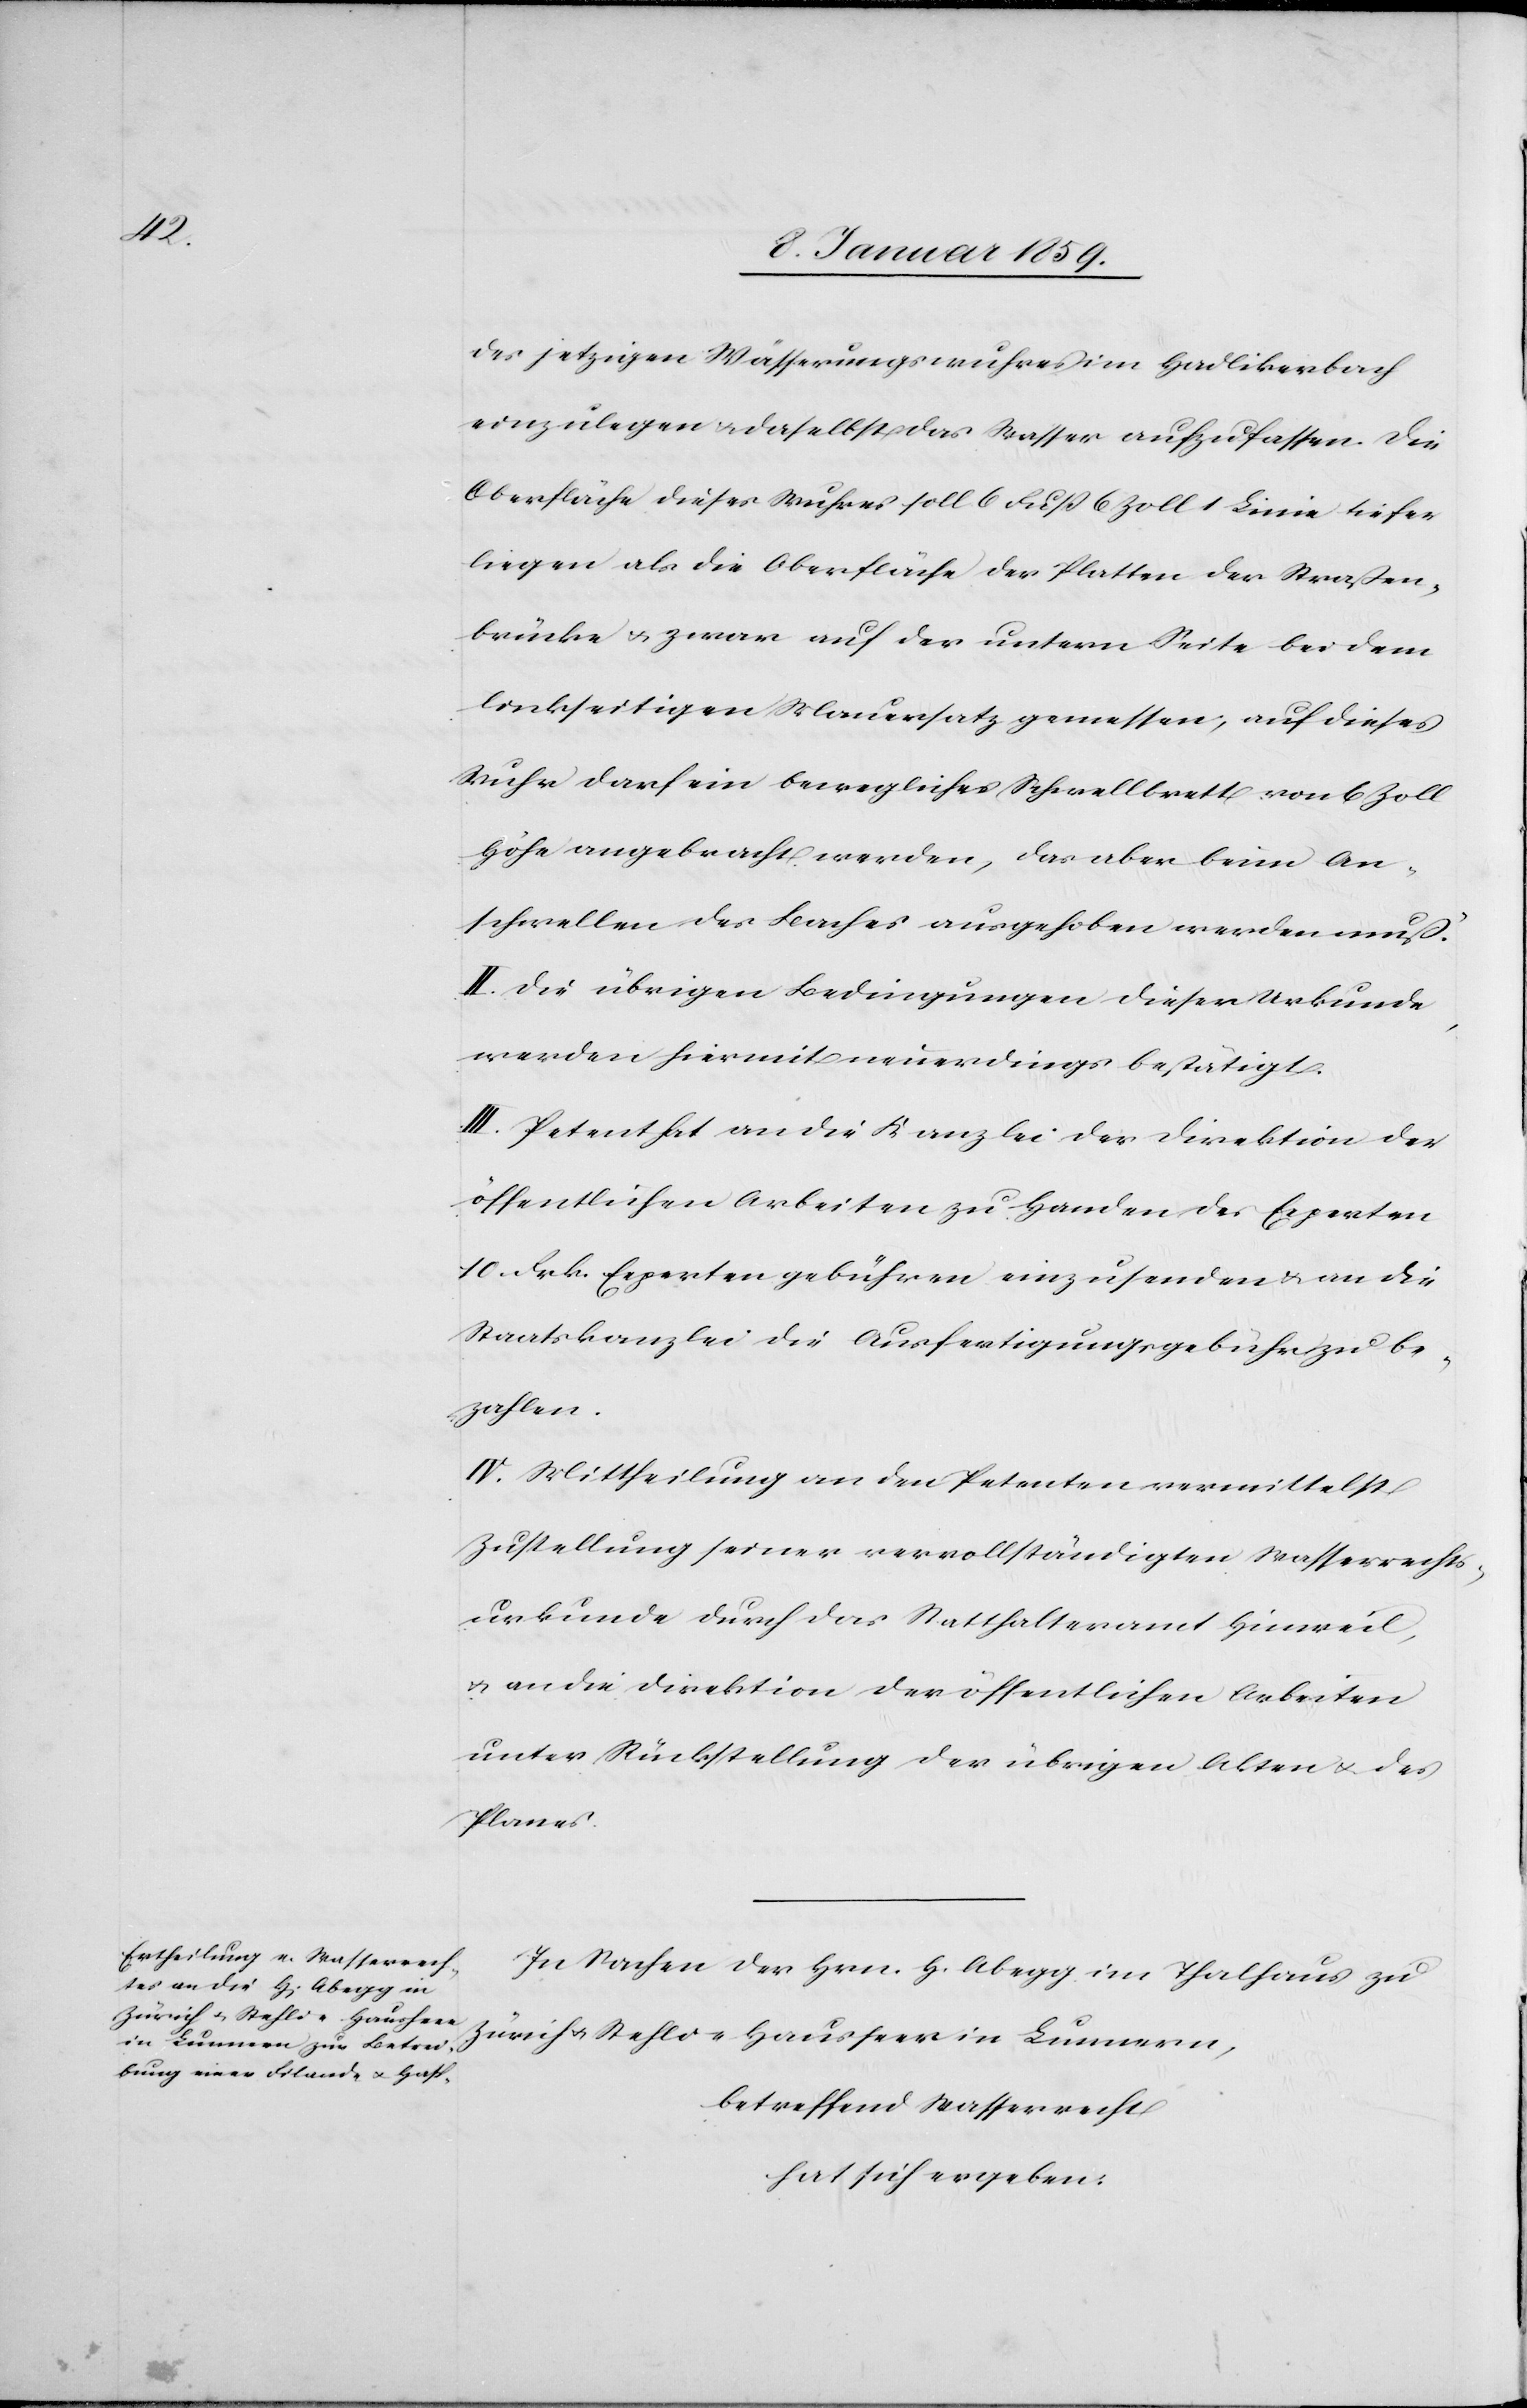
des jetzigen Wässerungswuhres im Hadlikerbach
einzulegen u. daselbst das Wasser aufzufassen. Die
Oberfläche dieses Wuhres soll 6 Fuß 6 Zoll 1 Linie tiefer
liegen als die Oberfläche der Platten der Straßen¬
brücke u. zwar auf der untern Seite bei dem
linkseitigen Mauersatz gemessen, auf dieses
Wuhr darf ein bewegliches Schwellbrett von 6 Zoll
Hohe angebracht werden, das aber beim An¬
schwellen des Baches ausgehoben werden muß.
II Die übrigen Bedingungen dieser Urkunde
werden hiermit neuerdings bestätigt.
III Petent hat an die Kanzlei der Direktion der
öffentlichen Arbeiten zu Handen der Experten
10 Frk. Expertengebühren einzusenden u. an die
Staatskanzlei die Ausfertigungsgebühr zu be¬
zahlen.
IV. Mittheilung an den Petenten vermittelst
Zustellung seiner vervollständigten Wasserrechs¬
urkunde durch das Statthalteramt Hinweil,
u. an die Direktion der öffentlichen Arbeiten
unter Rücksendung der übrigen Akten & des
Planes.
In Sachen der Hrn. H. Abegg im Thalhaus zu
Zürich u. Stehli-Hausheer in Lunnern,
betreffend Wasserrecht
hat sich ergeben: